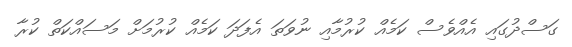
ގަސްދުގައި އެއްވެސް ކަމެއް ކުރުމާއި ނުވަތަ އެފަދަ ކަމެއް ކުރުމަށް މަސައްކަތް ކުރާ